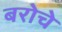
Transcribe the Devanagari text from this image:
बरोचे